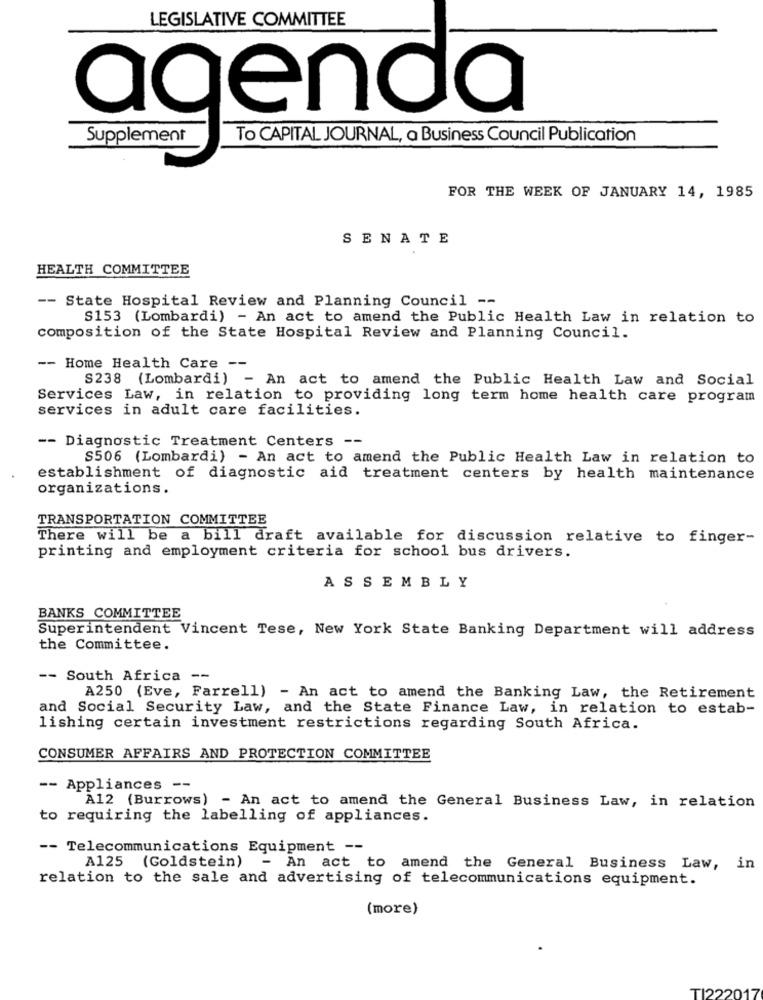
LEGISLATIVE COMMITTEE
agenda
Supplement
To CAPITAL JOURNAL, a Business Council Publication
FOR THE WEEK OF JANUARY 14, 1985
SENATE
HEALTH COMMITTEE
-- State Hospital Review and Planning Council --
S153 (Lombardi) - An act to amend the Public Health Law in relation to
composition of the State Hospital Review and Planning Council.
-- Home Health Care --
S238 (Lombardi) - An act to amend the Public Health Law and Social
Services Law, in relation to providing long term home health care program
services in adult care facilities.
-- Diagnostic Treatment Centers --
S506 (Lombardi) - An act to amend the Public Health Law in relation to
establishment of diagnostic aid treatment centers by health maintenance
organizations.
TRANSPORTATION COMMITTEE
There will be a bill draft available for discussion relative to finger-
printing and employment criteria for school bus drivers.
ASSEMBLY
BANKS COMMITTEE
Superintendent Vincent Tese, New York State Banking Department will address
the Committee.
-- South Africa
--
A250 (Eve, Farrell) - An act to amend the Banking Law, the Retirement
and Social Security Law, and the State Finance Law, in relation to estab-
lishing certain investment restrictions regarding South Africa.
CONSUMER AFFAIRS AND PROTECTION COMMITTEE
-- Appliances --
A12 (Burrows) - An act to amend the General Business Law, in relation
to requiring the labelling of appliances.
-- Telecommunications Equipment --
A125 (Goldstein)
- An act to amend the General Business Law, in
relation to the sale and advertising of telecommunications equipment.
(more)
TI2221